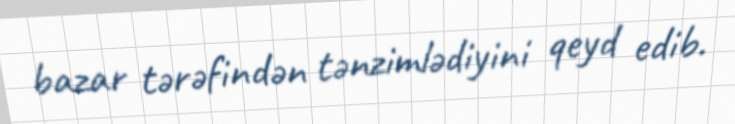
bazar tərəfindən tənzimlədiyini qeyd edib.